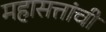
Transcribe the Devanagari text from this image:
महासत्तांची